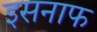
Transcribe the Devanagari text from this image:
इसनाफ